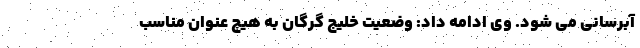
آبرسانی می شود. وی ادامه داد: وضعیت خلیج گرگان به هیچ عنوان مناسب